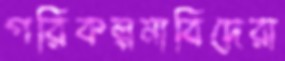
পরিকল্পনাবিদেরা